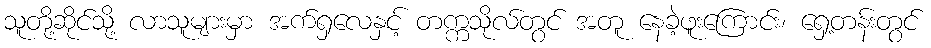
သူတို့ဆိုင်သို့ လာသူများမှာ အက်ရှလေနှင့် တက္ကသိုလ်တွင် အတူ နေခဲ့ဖူးကြောင်း၊ ရှေ့တန်းတွင်